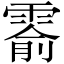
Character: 𬰅